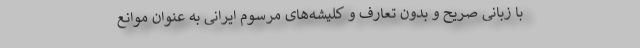
با زبانی صریح و بدون تعارف و کلیشه‌های مرسوم ایرانی به عنوان موانع